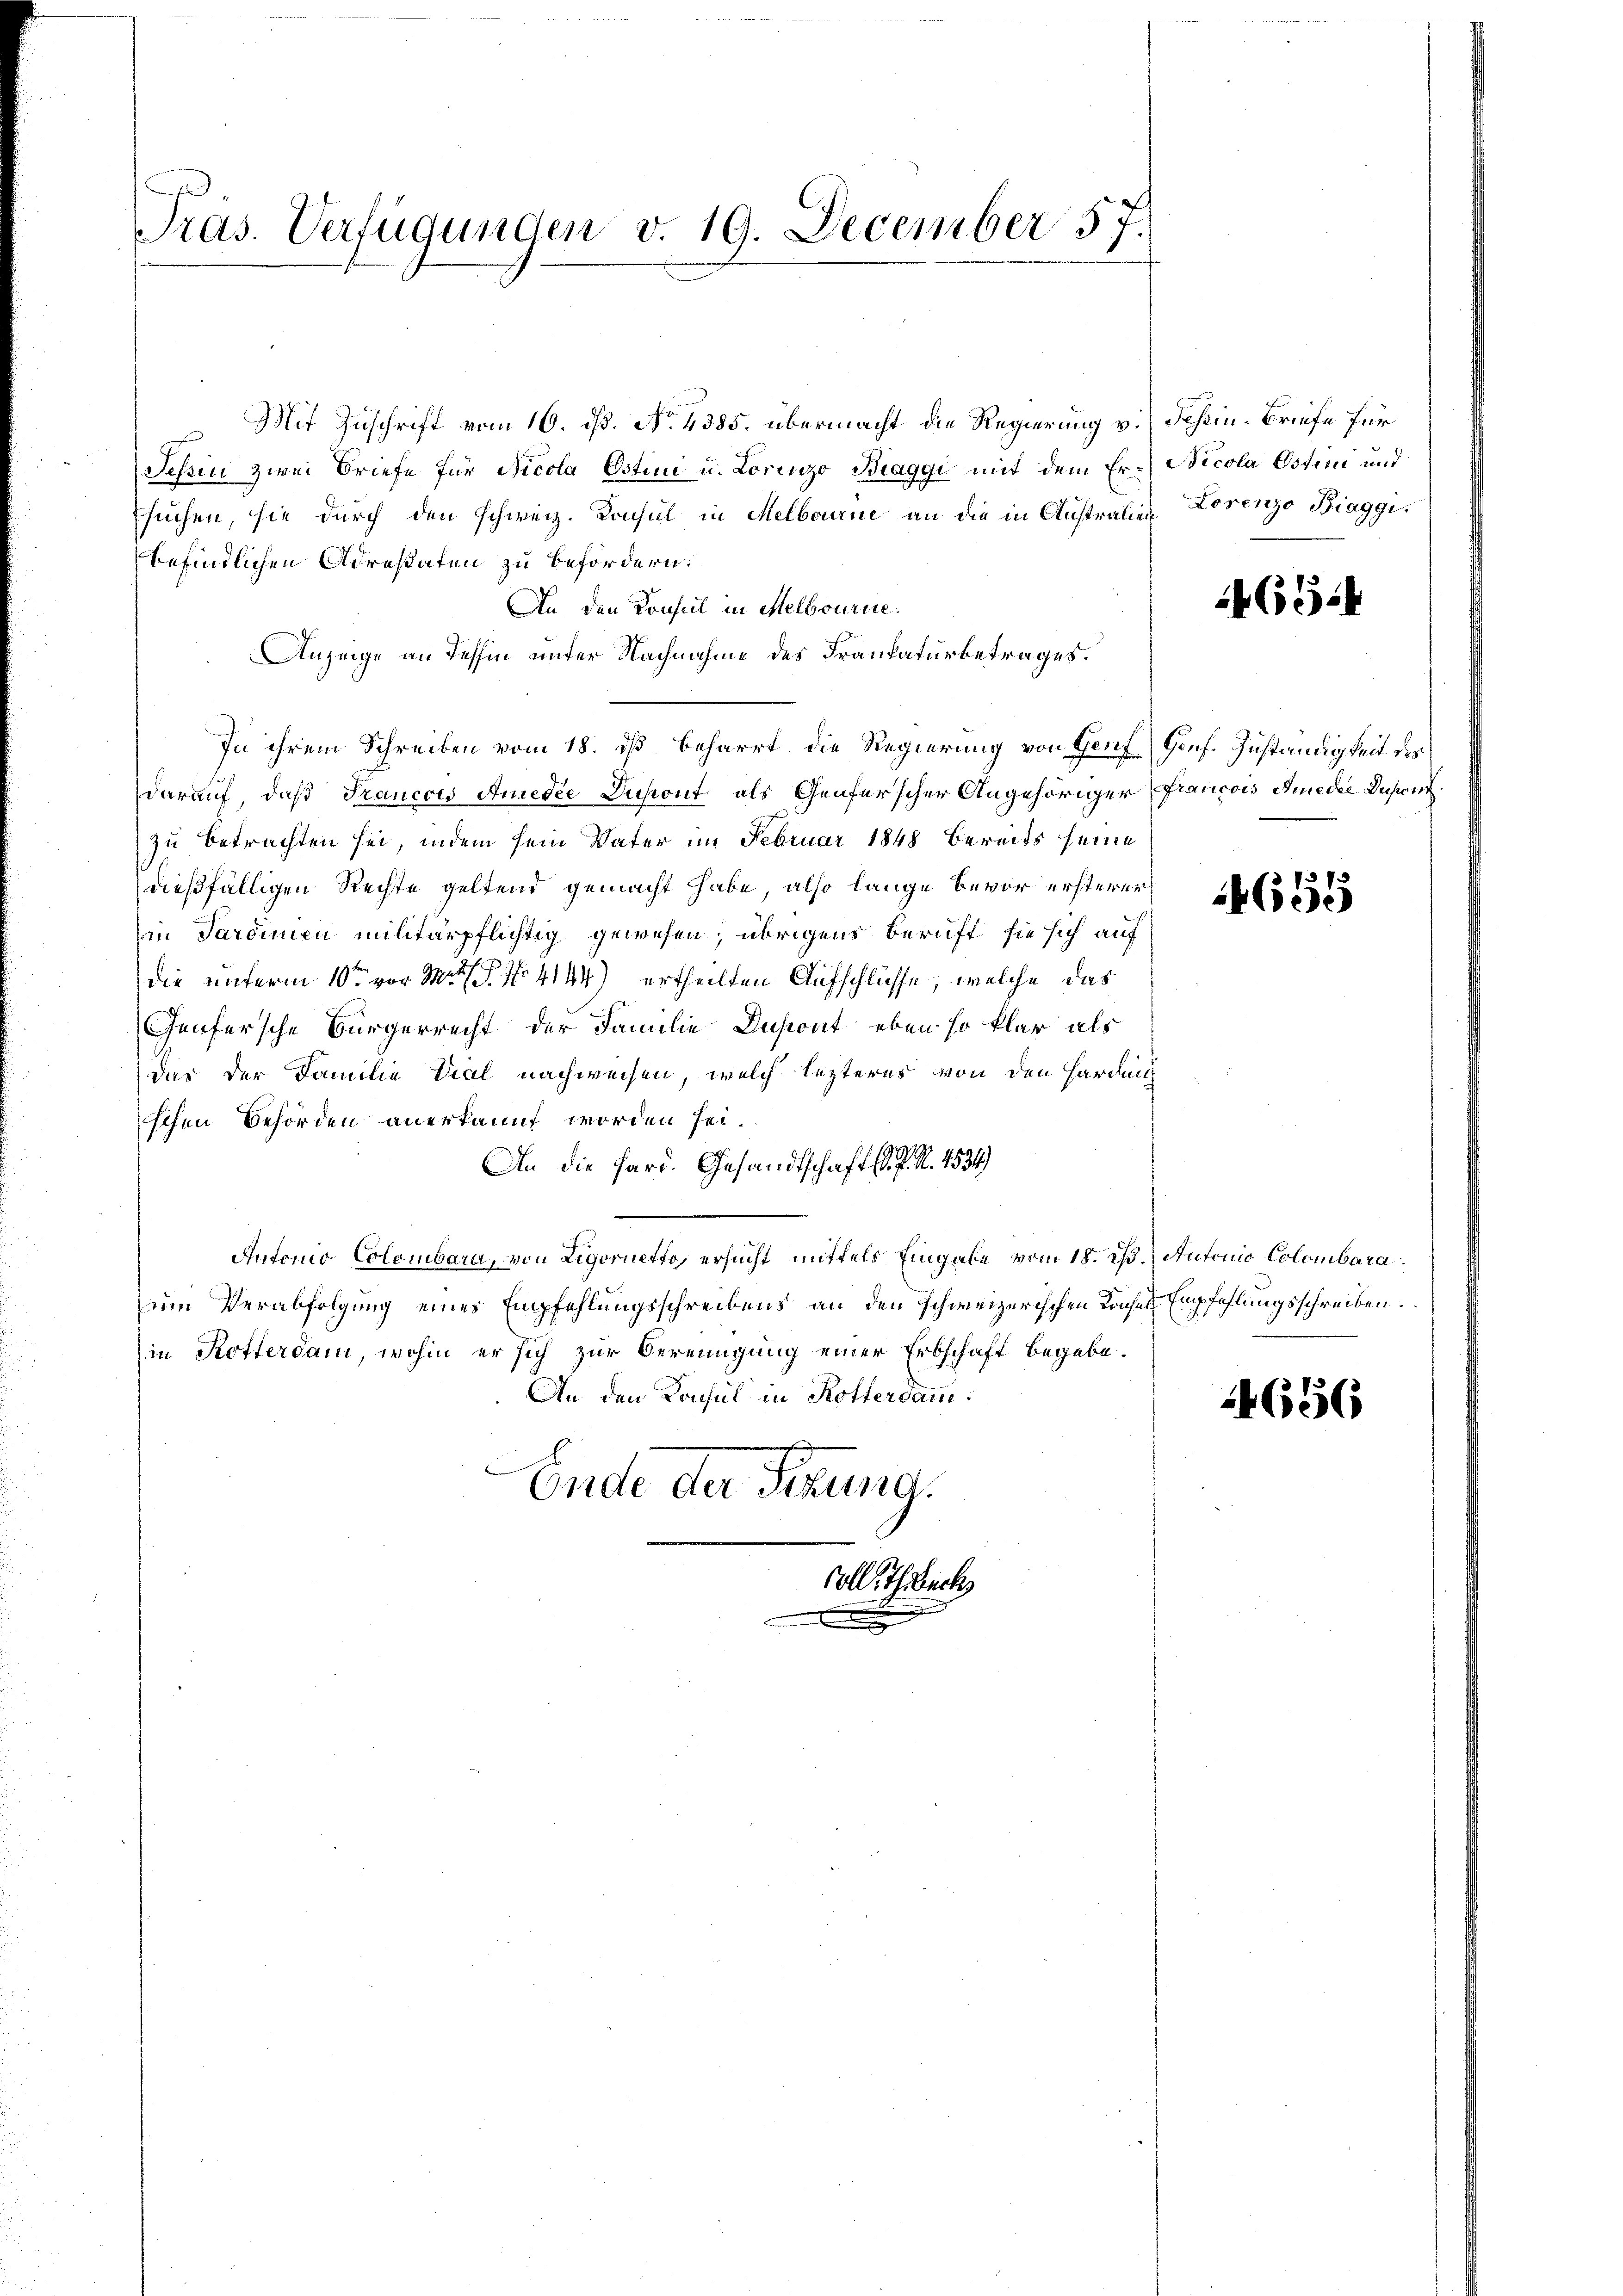
Pras. Verfügungen v. 19. December 57.

Mit Zuschrift vom 16. ds. No. 4385. übermacht die Regierung v. Schin-Briefe für
Schin zwei Briefe für Nicola Ostini u. Lorenzo Biaggi mit dem Er- Nicola Ostini und
suchen, sie durch den schweiz. Konsul in Melborne an die in Anstralien Lorenzo Biaggibefindlichen Adrestaten zu befördern.
An den Konsul in Melbourne
Anzeige an Tessin unter Nachnahme des Frankaturbetrages.
In ihrem Schreiben vom 18. ist beharrt die Regierung von Heuf Genf. Zuständigkeit des
darauf, daß Francois Anredee Dupont als Genferscher Angehöriger Francois Sie die Beson
zu betrachten sei, indem sein Vater im Februar 1848 bereits seine
dießfälligen Rechte geltend gemacht habe, also lange Bevor ersterer
in Sardinien militärpflichtig gewesen; übrigens Beruft sie sich auf
die unterm 10ten vor M. D. P. No. 4144) ertheilten Aufschlüsse, welche das
Genfersche Bürgerrecht der Familie Ansont eben so klar als
das der Familie Viel nachweisen, welch lezteres von den Harden
ischen Behörden anerkannt worden sei.
An die Hard. Gesandtschaft (d. P. R. 4534
Antonio Colombara, von Ligorietto ersucht mittels Eingabe vom 18. ds. Autonio Colombara
um Verabfolgung eines Empfehlungsschreibens an den schweizerischen Krusel Empfehlungsschreiben.
in Rotterdam, wohin er sich zur Bereinigung einer Erbschaft begebe.
An den Konsul in Rotterdam
Ende der Sitzung.
Colle. Th. Becke
e

654

4655

14656